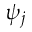
\psi _ { j }